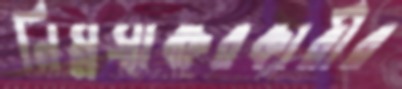
নিম্নস্বাক্ষরকারীর